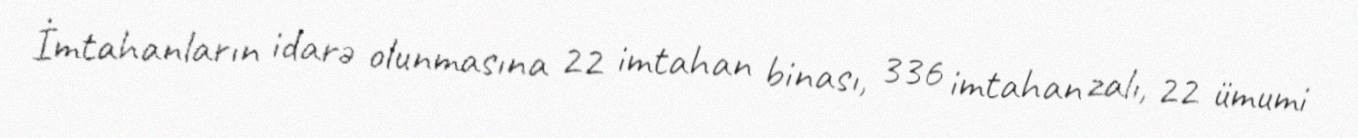
İmtahanların idarə olunmasına 22 imtahan binası, 336 imtahan zalı, 22 ümumi